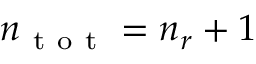
n _ { \mathrm { ~ t ~ o ~ t ~ } } = n _ { r } + 1